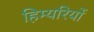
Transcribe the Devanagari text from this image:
हिम्यरियों